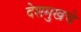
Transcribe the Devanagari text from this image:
देशमुखचे